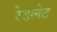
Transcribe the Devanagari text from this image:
रैडलेट